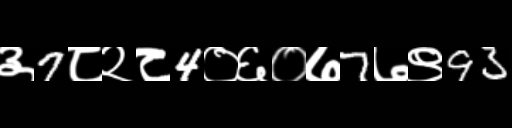
Text: ३7८२८4०६०७7७९93